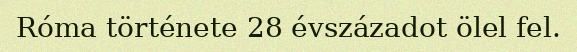
Róma története 28 évszázadot ölel fel.